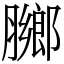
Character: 膷